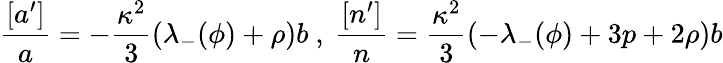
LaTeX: \frac{[a^{\prime}]}{a}=-\frac{\kappa^{2}}{3}(\lambda_{-}(\phi)+\rho)b\mathrm{~,~}\frac{[n^{\prime}]}{n}=\frac{\kappa^{2}}{3}(-\lambda_{-}(\phi)+3p+2\rho)b